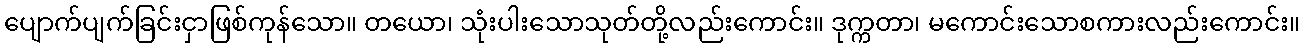
ပျောက်ပျက်ခြင်းငှာဖြစ်ကုန်သော။ တယော၊ သုံးပါးသောသုတ်တို့လည်းကောင်း။ ဒုက္ကတာ၊ မကောင်းသောစကားလည်းကောင်း။